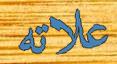
علاته